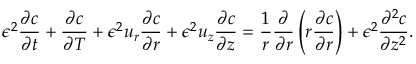
\epsilon ^ { 2 } \frac { \partial c } { \partial t } + \frac { \partial c } { \partial T } + \epsilon ^ { 2 } u _ { r } \frac { \partial c } { \partial r } + \epsilon ^ { 2 } u _ { z } \frac { \partial c } { \partial z } = \frac { 1 } { r } \frac { \partial } { \partial r } \left( r \frac { \partial c } { \partial r } \right) + \epsilon ^ { 2 } \frac { \partial ^ { 2 } c } { \partial z ^ { 2 } } .